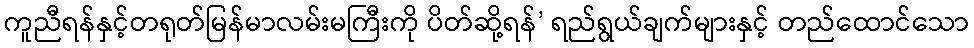
ကူညီရန်နှင့်တရုတ်မြန်မာလမ်းမကြီးကို ပိတ်ဆို့ရန်’ ရည်ရွယ်ချက်များနှင့် တည်ထောင်သော